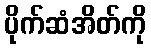
ပိုက်ဆံအိတ်ကို